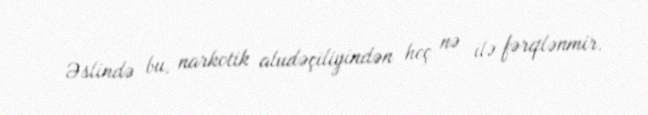
Əslində bu, narkotik aludəçiliyindən heç nə ilə fərqlənmir.